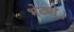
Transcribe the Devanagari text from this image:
भेट्यो।